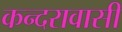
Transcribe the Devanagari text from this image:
कन्दरावासी